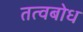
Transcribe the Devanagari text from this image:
तत्वबोध